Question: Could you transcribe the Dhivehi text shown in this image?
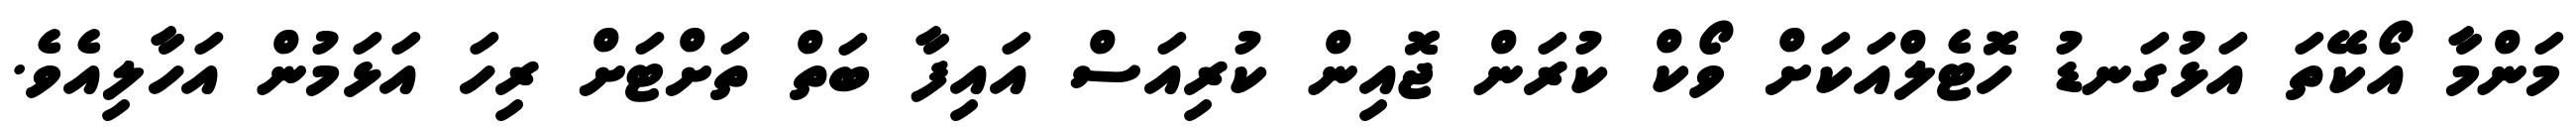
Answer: މަންމާ އޯކޭތަ އަޅުގަނޑު ހޮޓެލްއަކަށް ވޯކް ކުރަން ޖޮއިން ކުރިއަސް އައިފާ ބަތް ތަށްޓަށް ރިހަ އަޅަމުން އަހާލިއެވެ.